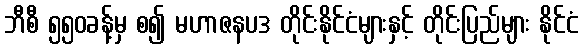
ဘီစီ ၅၅၀ခန့်မှ စ၍ မဟာဇနပဒ တိုင်းနိုင်ငံများနှင့် တိုင်းပြည်များ နိုင်ငံ